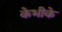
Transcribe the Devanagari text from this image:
केभीके